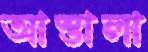
আস্তালা